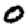
Digit: 0